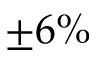
\pm 6 \%